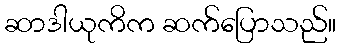
ဆာဒါယုကိက ဆက်ပြောသည်။